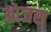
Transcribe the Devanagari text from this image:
ओजस्‌